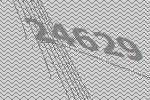
24629